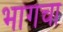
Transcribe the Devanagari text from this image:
भागचा